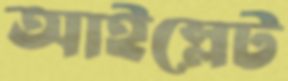
আইস্লেট